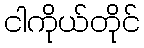
ငါကိုယ်တိုင်